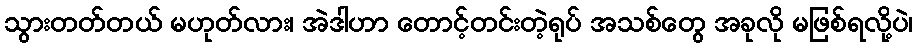
သွားတတ်တယ် မဟုတ်လား၊ အဲဒါဟာ တောင့်တင်းတဲ့ရုပ် အသစ်တွေ အခုလို မဖြစ်ရလို့ပဲ၊